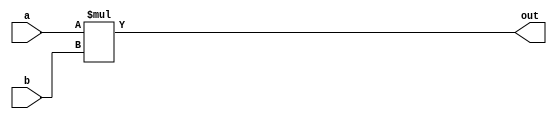
/////////////////////////////////////////////////////////////////////////////////////////////////////////////
// Behavioral 16-bits multiplier
/////////////////////////////////////////////////////////////////////////////////////////////////////////////

module multiplier_16x16(a, b, out);
    
    output  [31:0]  out;

    input   [15:0]  a; 
    input   [15:0]  b;

    assign out = a * b;

endmodule